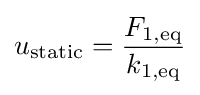
u_{\text{static}}={\frac {F_{1,{\text{eq}}}}{k_{1,{\text{eq}}}}}